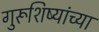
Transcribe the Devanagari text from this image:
गुरूशिष्यांच्या